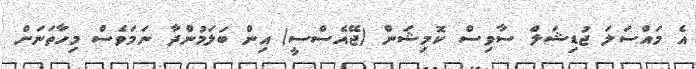
އެ މައްސަލަ ޖުޑިޝަލް ސާވިސް ކޮމިޝަން (ޖޭއެސްސީ) އިން ބަލަމުންދާ ނަމަވެސް މިހާތަނަށް